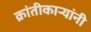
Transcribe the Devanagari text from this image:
क्रांतीकाऱ्यांनी